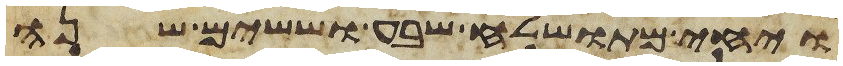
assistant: ויחי מתושלח שבע וששים שנה